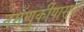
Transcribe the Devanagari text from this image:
नेमणुकीपासून